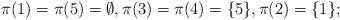
LaTeX: \begin{align*}\pi(1) = \pi(5) = \emptyset, \pi(3) = \pi(4) = \{5\}, \pi(2) = \{1\};\end{align*}